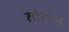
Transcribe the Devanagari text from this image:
लौहगढ़